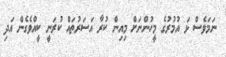
ނަމަވެސް ޅަ އުމުރުގެ މީހުންނަށް މިއިން ކުރާ އަސަރުތައް ކުރަނީ ކީއްވެގެން އަދި